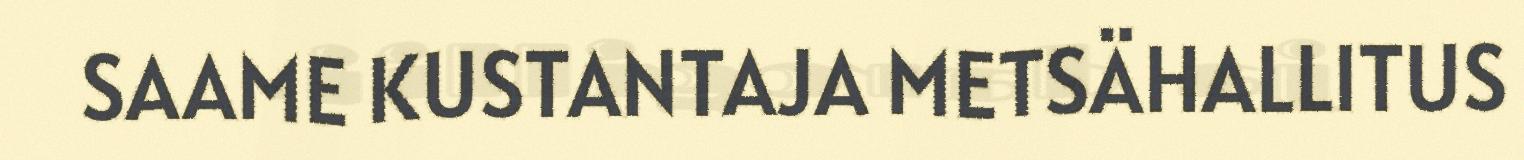
SAAME KUSTANTAJA METSÄHALLITUS